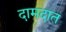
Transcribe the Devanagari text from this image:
दामदात